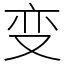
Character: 变